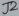
Text: J2